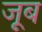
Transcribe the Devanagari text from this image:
जूब